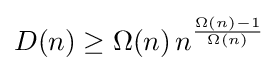
D(n)\geq \Omega (n)\,n^{\frac {\Omega (n)-1}{\Omega (n)}}